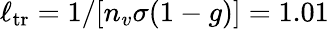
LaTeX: \ell_{\mathrm{tr}}=1/[n_{v}\sigma(1-g)]=1.01